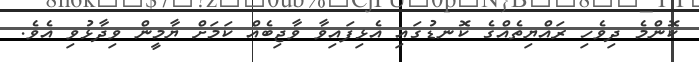
ކޮންމެ ދިވެހި ރައްޔިތެއްގެ ކޮނޑުގައި އެޅިފައިވާ ވާޖިބެއް ކަމަށް ޔާމީން ވިދާޅުވި އެވެ.